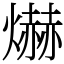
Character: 爀